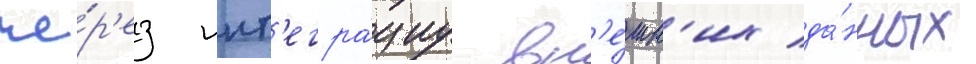
че́р'ез инт'егра́циу вн'е́шн'их да́нных